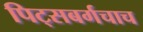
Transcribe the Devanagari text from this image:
पिट्सबर्गचाच